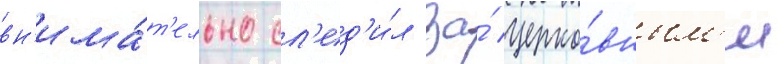
вн'има́т'ельно сл'ед'и́л за́ церко́вным'и